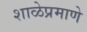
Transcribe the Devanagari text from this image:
शाळेप्रमाणे